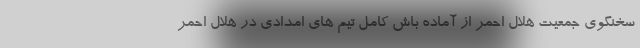
سخنگوی جمعیت هلال احمر از آماده باش کامل تیم های امدادی در هلال احمر